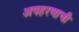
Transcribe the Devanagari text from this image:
अपहरणाची